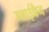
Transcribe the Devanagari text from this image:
ग्लाईकैन